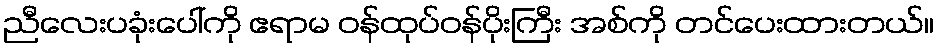
ညီလေးပခုံးပေါ်ကို ဧရာမ ဝန်ထုပ်ဝန်ပိုးကြီး အစ်ကို တင်ပေးထားတယ်။